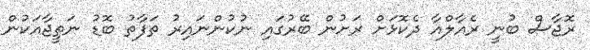
ރޮޖާސް ބުނީ ރެއާލްއާ ދެކޮޅަށް ރަށުން ބޭރުގައި ނުކުންނައިރު ތަފާތު ބޮޑު ނަތީޖާއަކުން